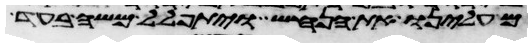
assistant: מעלינו את הנחש ויתפלל משה בעד